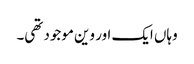
وہاں ایک اور وین موجود تھی۔